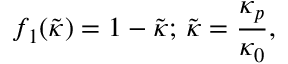
f _ { 1 } ( \tilde { \kappa } ) = 1 - \tilde { \kappa } ; \, \tilde { \kappa } = \frac { \kappa _ { p } } { \kappa _ { 0 } } ,